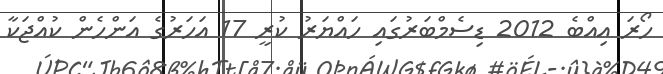
ހޯރަ އިއްބެ 2012 ޑިސެމްބަރުގައި ހައްޔަރު ކުރީ 17 އަހަރުގެ އަންހެން ކުއްޖަކާ